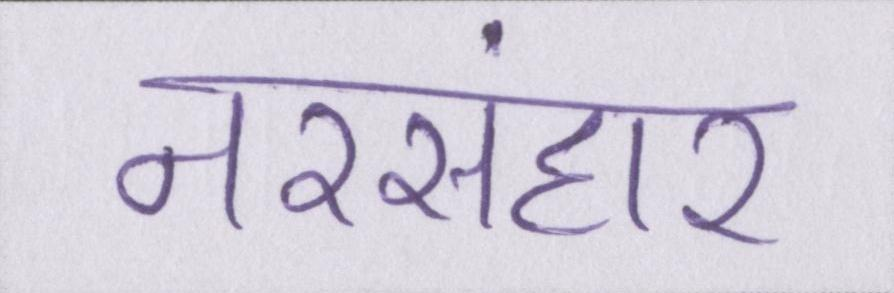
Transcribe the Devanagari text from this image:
नरसंहार